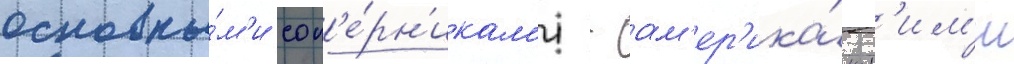
основны́м'и соп'е́рн'икам'и - ам'ер'ика́нск'им'и